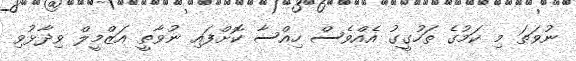
ނުވަތަ މި ކަމުގެ ތަހުގީގު އެއްވެސް ހިއްސާ ކޮށްފައި ނުވާތީ އަޒްމީލް ވިދާޅުވި